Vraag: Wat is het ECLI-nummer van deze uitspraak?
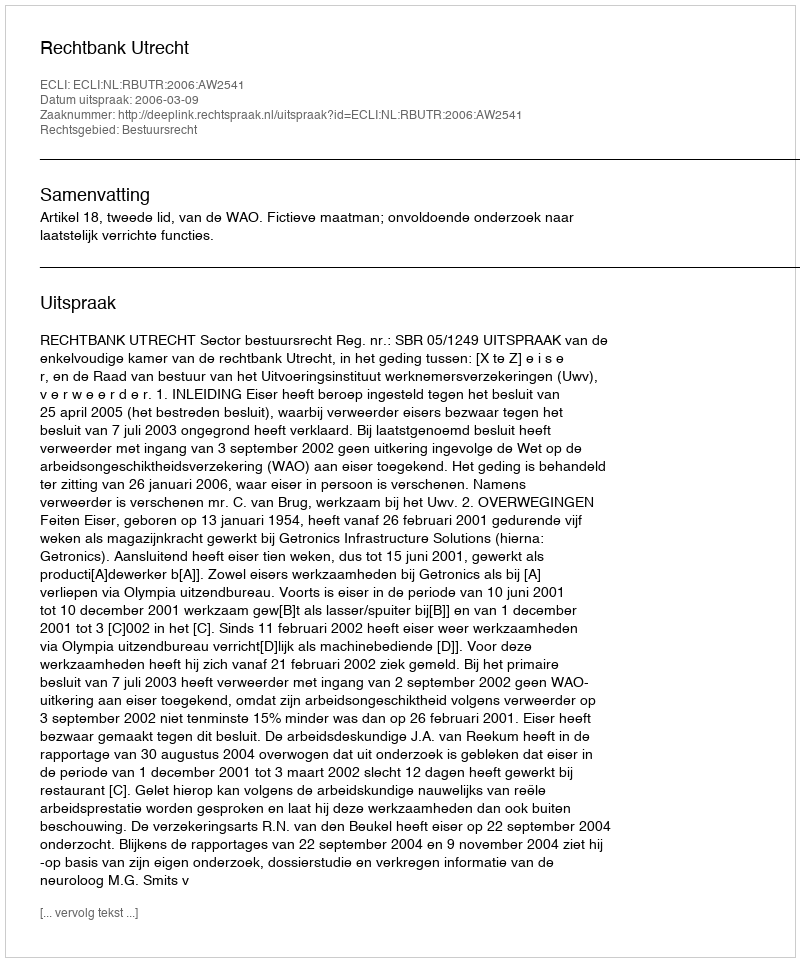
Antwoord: ECLI:NL:RBUTR:2006:AW2541